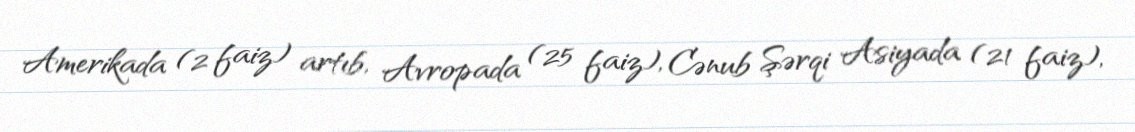
Amerikada (2 faiz) artıb, Avropada (25 faiz), Cənub Şərqi Asiyada (21 faiz),